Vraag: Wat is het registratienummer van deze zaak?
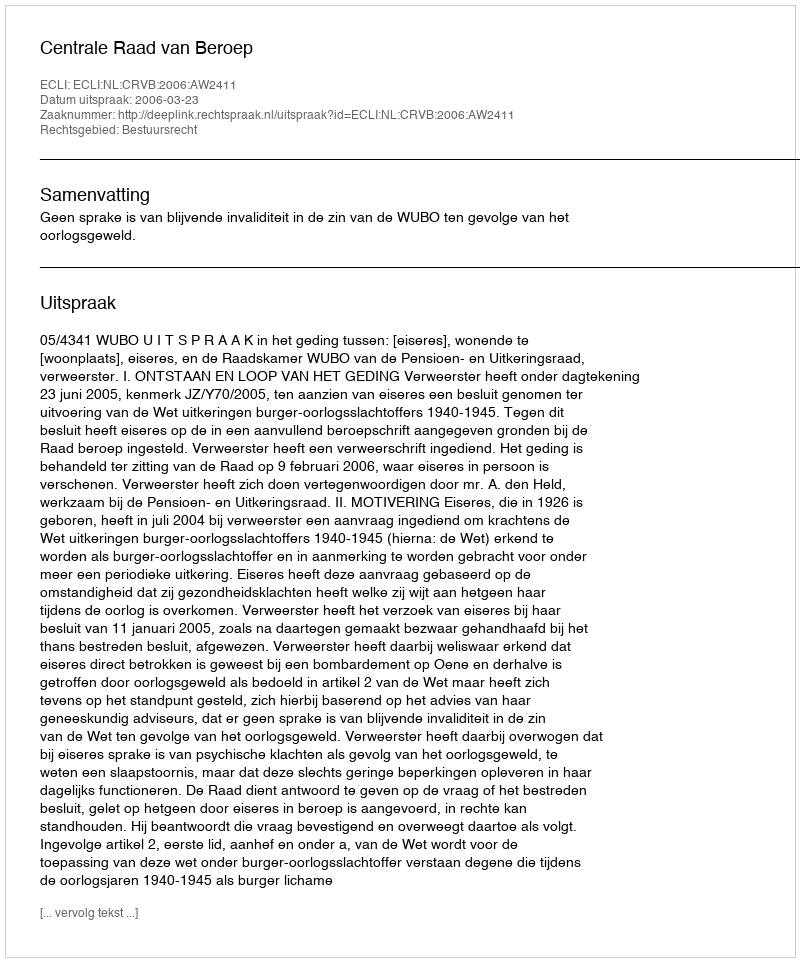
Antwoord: http://deeplink.rechtspraak.nl/uitspraak?id=ECLI:NL:CRVB:2006:AW2411